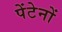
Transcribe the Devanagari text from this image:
पेंटेनों